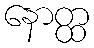
နောတ္ထ